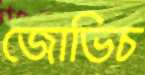
জোভিচ